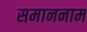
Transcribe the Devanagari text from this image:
समाननाम